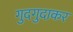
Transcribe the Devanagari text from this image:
गुदगुदाकर